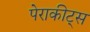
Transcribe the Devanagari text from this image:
पेराकीट्स